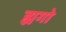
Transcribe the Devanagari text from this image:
ह्यगो